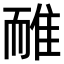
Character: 𨾿